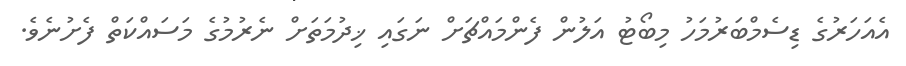
އެއަހަރުގެ ޑިސެމްބަރުމަހު މިބޯޓު އަލުން ފެންމައްޗަށް ނަގައި ޚިދުމަތަށް ނެރުމުގެ މަސައްކަތް ފެށުނެވެ.